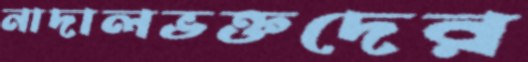
নাদালভক্তদের